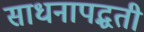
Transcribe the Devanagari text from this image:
साधनापद्धती